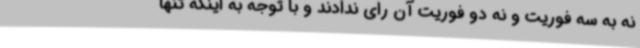
نه به سه فوریت و نه دو فوریت آن رای ندادند و با توجه به اینکه تنها